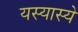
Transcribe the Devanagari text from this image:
यस्यास्ये